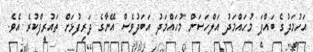
އަހުމަދުގެ ބައްޕަ މުހައްމަދު އަލްހަސަން މުހައްމަދު އަބަދުވެސް އޭނާގެ ދަރިފުޅަށް ތައުރީފްކުރެ އެވެ.